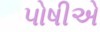
પોષીએ